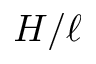
H / \ell